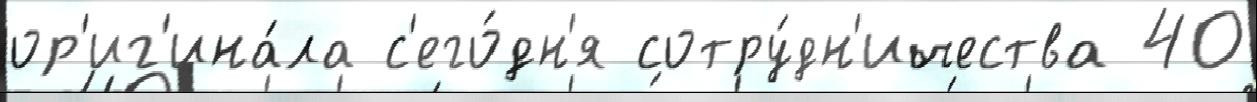
ор'иг'ина́ла с'его́дн'я сотру́дн'ичества 40